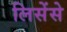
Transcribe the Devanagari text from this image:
लिसेंसे